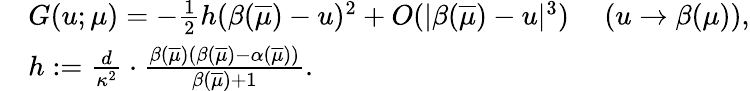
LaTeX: \begin{array}{rl}&{G(u;\mu)=-\frac 1{2}h(\beta(\overline{{\mu}})-u)^{2}+O(|\beta(\overline{{\mu}})-u|^{3})\quad\ (u\to\beta(\mu)),}\\ &{h:=\frac{d}{\kappa^{2}}\cdot\frac{\beta(\overline{{\mu}})(\beta(\overline{{\mu}})-\alpha(\overline{{\mu}}))}{\beta(\overline{{\mu}})+1}.}\end{array}